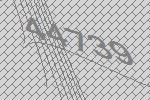
44739